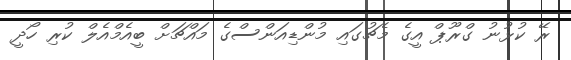
ރޭ ކުޅުނު ގްރޫޕް އީގެ މެޗުގައި މުންޑިއަންސްގެ މައްޗަށް ބީއެމްއެލް ކުރި ހޯދީ